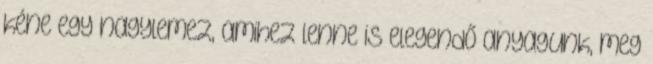
kéne egy nagylemez, amihez lenne is elegendő anyagunk, meg